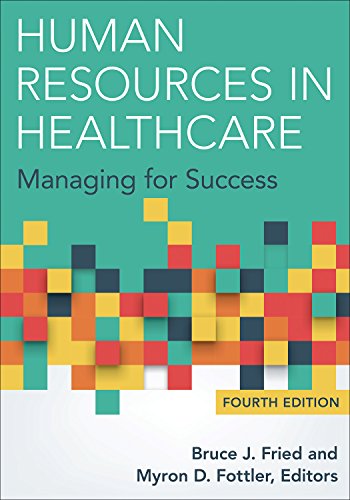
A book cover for Human Resources in Healthcare: Managing for Success, Fourth Edition; Bruce J. Fried; Medical Books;